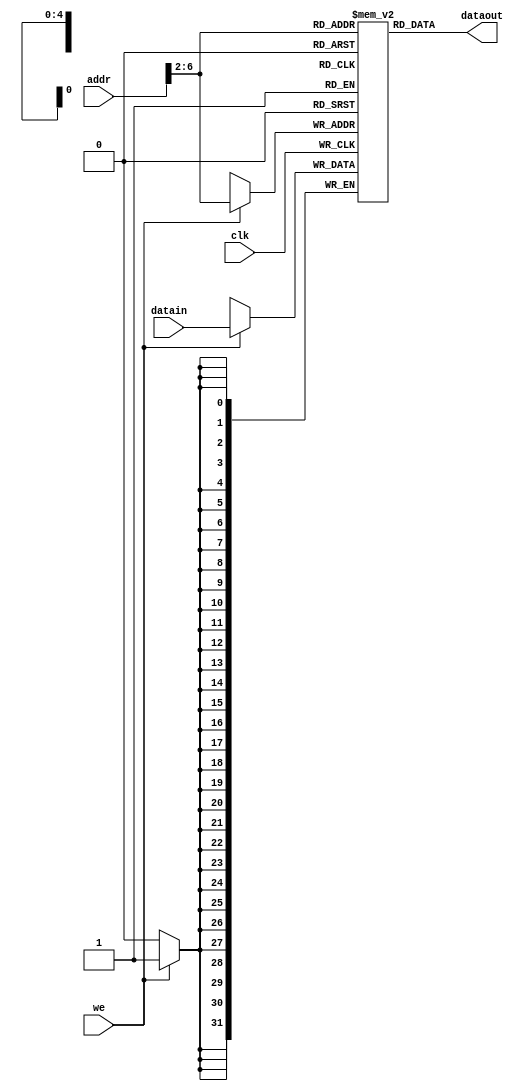
`timescale 1ns / 1ps

module dataMem (clk,dataout,datain,addr,we); // data memory, ram
    input clk; // clock
    input we; // write enable
    input [31:0] datain; // data in (to memory)
    input [31:0] addr; // ram address
    output [31:0] dataout; // data out (from memory)
    reg [31:0] ram [0:31]; // ram cells: 32 words * 32 bits
    assign dataout = ram[addr[6:2]]; // use word address to read ram
    always @ (posedge clk)
        if (we) ram[addr[6:2]] = datain; // use word address to write ram
    integer i;
    initial begin // initialize memory
        for (i = 0; i < 32; i = i + 1)
            ram[i] = 0;
        // ram[word_addr] = data // (byte_addr)
        ram[5'h14] = 32'h000000a3; // (50hex)
        ram[5'h15] = 32'h00000027; // (54hex)
        ram[5'h16] = 32'h00000079; // (58hex)
        ram[5'h17] = 32'h00000115; // (5chex)
    // ram[5'h18] should be 0x00000258, the sum stored by sw instruction
    end
endmodule